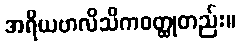
အရိယဗာလိသိကဝတ္ထုတည်း။